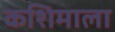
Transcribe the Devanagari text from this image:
कशिमाला